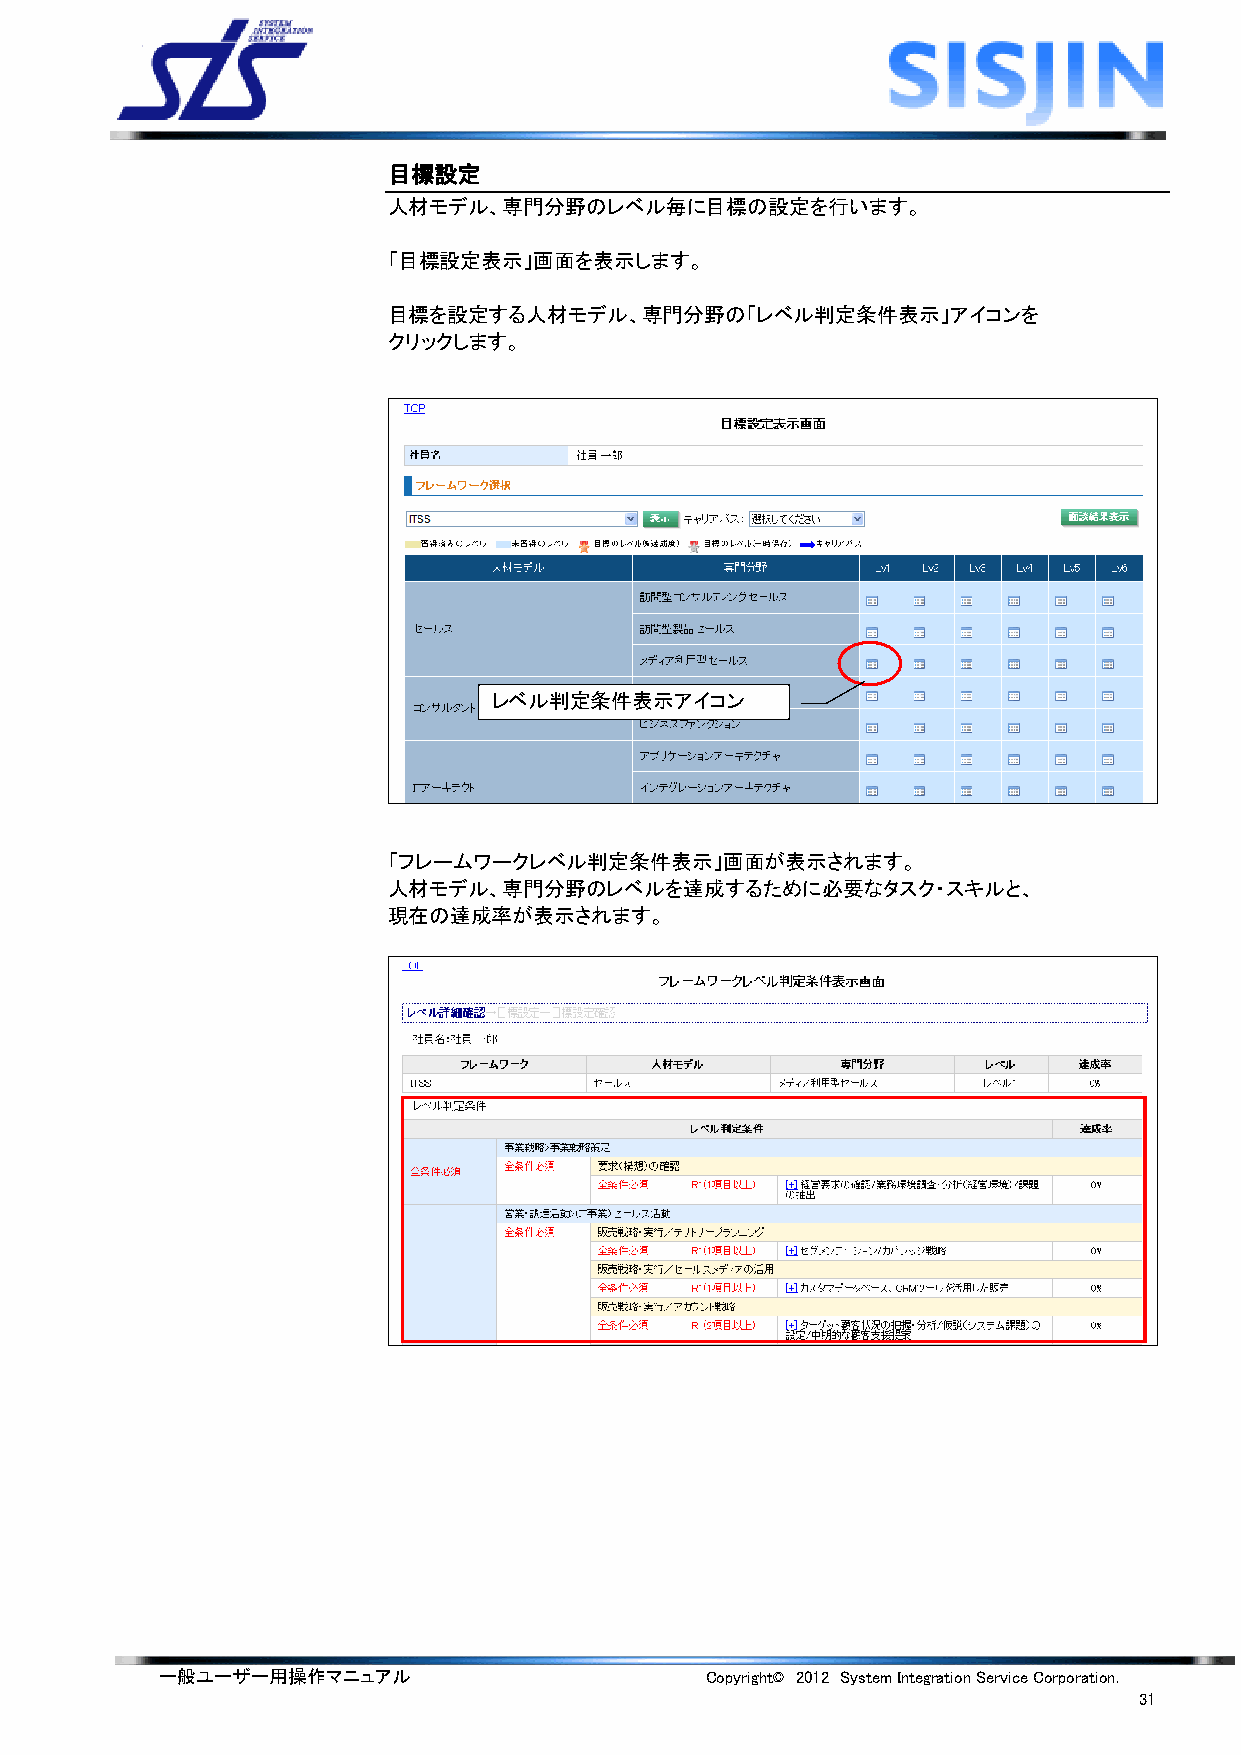
目標設定
 人材モデル、専門分野のレベル毎に目標の設定を行います。
 「目標設定表示」画面を表示します。
 目標を設定する人材モデル、専門分野の「レベル判定条件表示」アイコンを
 クリックします。
 レベル判定条件表示アイコン
 「フレームワークレベル判定条件表示」画面が表示されます。
 人材モデル、専門分野のレベルを達成するために必要なタスク・スキルと、
 現在の達成率が表示されます。
 一般ユーザー用操作マニュアル                      Copyright© 2012 System Integration Service Corporation.
 31